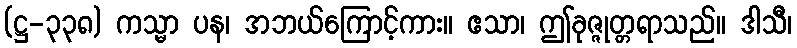
(ဋ္ဌ-၃၃၈) ကသ္မာ ပန၊ အဘယ်ကြောင့်ကား။ ဧသာ၊ ဤခုဇ္ဇုတ္တရာသည်။ ဒါသီ၊